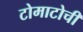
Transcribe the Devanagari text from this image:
टोमाटोची